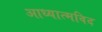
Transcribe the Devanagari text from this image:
आध्यात्मविद